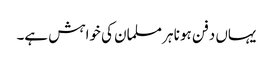
یہاں دفن ہونا ہر مسلمان کی خواہش ہے۔